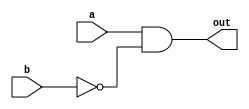
`timescale 1ns/1ps

// MY UNIVERSAL GATE
module myGate(out, a, b);
        
    input a, b;
    output out;

    wire rb;

    not nn(rb, b);
    and tt(out, a, rb);

endmodule
// END MY UNIVERSAL GATE

// ========================================================================================================================

// MY BASIC GATE IMPLEMENTED WITH UNIVERSAL GATE

module myNot(out, a);

    input a;
    output out;

    myGate g0(out, 1'b1, a);

endmodule

module myPass(out, a); // DO NOTHING 

    input a;
    output out;

    wire w;
    myNot g0(w, a);
    myNot g1(out, w);

endmodule

module myAnd(out, a, b);

    input a, b;
    output out;

    wire rb;

    myNot g0(rb, b);
    myGate g1(out, a, rb);

endmodule

module myOr (out, a, b);
    
    input a, b;
    output out;
    
    wire ra, w1;
    
    myNot g0(ra, a);
    myGate g1(w1, ra, b);
    myNot g2(out, w1);
    
endmodule

module myXor (out, a, b);
    
    input a, b;
    output out;
    
    wire ra, rb, w1, w2;
    
    myNot g0(ra, a);
    myNot g1(rb, b);
    myAnd g2(w1, ra, b);
    myAnd g3(w2, a, rb);
    myOr g4(out, w1, w2);
    
endmodule

module myXnor (out, a, b);

    input a, b;
    output out;

    wire w;

    myXor g0(w, a, b);
    myNot g1(out, w);

endmodule

// MY BASIC GATE IMPLEMENTED DONE

// ========================================================================================================================

// MY BASIC MODULE IMPLEMENT

module MUX(out, sel, a, b); // MUX 2 to 1, 4 bit

    input [4-1:0] a, b;
    input sel;
    output [4-1:0] out;

    wire rsel;
    wire [4-1:0] w1, w2;

    myNot g0(rsel, sel);
    myAnd g1(w1[3], a[3], rsel);
    myAnd g2(w1[2], a[2], rsel);
    myAnd g3(w1[1], a[1], rsel);
    myAnd g4(w1[0], a[0], rsel);

    myAnd g5(w2[3], b[3], sel);
    myAnd g6(w2[2], b[2], sel);
    myAnd g7(w2[1], b[1], sel);
    myAnd g8(w2[0], b[0], sel);

    myOr g9(out[3], w1[3], w2[3]);
    myOr g10(out[2], w1[2], w2[2]);
    myOr g11(out[1], w1[1], w2[1]);
    myOr g12(out[0], w1[0], w2[0]);

endmodule

module HA (out, cout, a, b); // HALF ADDER

    input a, b;
    output out, cout;

    myAnd g0(cout, a, b);
    myXor g1(out, a, b);

endmodule 

module FA(out, cout, cin, a, b); // Full Adder

    input cin, a, b;
    output out, cout;

    wire w, c1, c2;

    HA g0(w, c1, a, b); 
    HA g1(out, c2, w, cin);
    myOr g2(cout, c1, c2);
    
endmodule

module cmp(le, eq, ge, a, b); // comparator, 1 bit
    
    input a, b;
    output le, eq, ge;

    myGate g0(ge, a, b);
    myGate g1(le, b, a);
    myXnor g2(eq, a, b);

endmodule

module COMPARATOR(le, eq, ge, a, b); // LESS THAN, return 1 if a < b, 4 bit
    
    input [4-1:0] a, b;
    output le, eq, ge;

    wire eq0, eq1, eq2, eq3, pq0, pq1, pq2, pq3;
    wire le0, le1, le2, le3;
    wire ge0, ge1, ge2, ge3;

    cmp c0(le3, eq3, ge3, a[3], b[3]);
    cmp c1(le2, eq2, ge2, a[2], b[2]);
    cmp c2(le1, eq1, ge1, a[1], b[1]);
    cmp c3(le0, eq0, ge0, a[0], b[0]);
    
    myPass g0(pq3, eq3);
    myAnd g1(pq2, eq2, pq3);
    myAnd g2(pq1, eq1, pq2);
    myAnd g3(pq0, eq0, pq1);

    wire res0, res1, res2, res3;

    myPass g4(res3, le3);
    myAnd g5(res2, le2, pq3);
    myAnd g6(res1, le1, pq2);
    myAnd g7(res0, le0, pq1);

    wire mg0, mg1, mg2, mg3;

    myPass g8(mg3, res3);
    myOr g9(mg2, mg3, res2);
    myOr g10(mg1, mg2, res1);
    myOr g11(mg0, mg1, res0);

    myPass g12(le, mg0);
    myPass g13(eq, pq0);

    wire nle, neq;

    myNot g14(nle, le);
    myNot g15(neq, eq);
    myAnd g16(ge, nle, neq);

endmodule

// MY BASIC MODULE IMPLEMENTED
// ========================================================================================================================
// MY SUB MODULE IMPLEMENT

module BITWISE_OR (out, a, b);
    
    input [4-1:0] a, b;
    output [4-1:0] out;

    myOr g0(out[0], a[0], b[0]);
    myOr g1(out[1], a[1], b[1]);
    myOr g2(out[2], a[2], b[2]);
    myOr g3(out[3], a[3], b[3]);

endmodule

module BITWISE_AND (out, a, b);
    
    input [4-1:0] a, b;
    output [4-1:0] out;

    myAnd g0(out[0], a[0], b[0]);
    myAnd g1(out[1], a[1], b[1]);
    myAnd g2(out[2], a[2], b[2]);
    myAnd g3(out[3], a[3], b[3]);

endmodule

module BITWISE_NOT (out, a);
    
    input [4-1:0] a;
    output [4-1:0] out;

    myNot g0(out[3], a[3]);
    myNot g1(out[2], a[2]);
    myNot g2(out[1], a[1]);
    myNot g3(out[0], a[0]);

endmodule

module ADD(out, a, b); // a+b, 4 bit
    
    input [4-1:0] a, b;
    output [4-1:0] out;

    wire co0, co1, co2, co3;

    HA g0(out[0], c0, a[0], b[0]);
    FA g1(out[1], c1, c0, a[1], b[1]);
    FA g2(out[2], c2, c1, a[2], b[2]);
    FA g3(out[3], c3, c2, a[3], b[3]);

endmodule

module COMPLEMENT (out, a); // COMPLEMENT OF A INT, 4 bit

    input [4-1:0] a;
    output [4-1:0] out;

    wire [4-1:0] w;

    BITWISE_NOT g0(w, a);
    ADD g1(out, w, 4'b0001);

endmodule

module SUB (out, a, b); // a-b, 4 bit

    input [4-1:0] a, b;
    output [4-1:0] out;

    wire [4-1:0] nb;
    COMPLEMENT g0(nb, b);
    ADD g1(out, a, nb);

endmodule

// TODO IS THIS CORRECT???
module RIGHT_SHIFT(out, a);

    input [4-1:0] a;
    output [4-1:0] out;

    myPass g0(out[3], a[3]); 
    myPass g1(out[2], a[3]);
    myPass g2(out[1], a[2]);
    myPass g3(out[0], a[1]);

endmodule

// TODO IS THIS CORRECT???
module LEFT_SHIFT(out, a);

    input [4-1:0] a;
    output [4-1:0] out;

    myPass g0(out[3], a[2]); 
    myPass g1(out[2], a[1]);
    myPass g2(out[1], a[0]);
    myPass g3(out[0], a[3]);

endmodule

// TODO IS THIS CORRECT???
module COMPARE_LT(out, a, b);

    input [4-1:0] a, b;
    output [4-1:0] out;

    wire le, eq, ge;

    COMPARATOR g0(le, eq, ge, a, b);

    myPass g1(out[3], 1'b1);
    myPass g2(out[2], 1'b0);
    myPass g3(out[1], 1'b1);
    myPass g4(out[0], le);

endmodule

// TODO IS THIS CORRECT???
module COMPARE_EQ(out, a, b);

    input [4-1:0] a, b;
    output [4-1:0] out;

    wire le, eq, ge;

    COMPARATOR hello(le, eq, ge, a, b);

    myPass g0(out[3], 1'b1);
    myPass g1(out[2], 1'b1);
    myPass g2(out[1], 1'b1);
    myPass g3(out[0], eq);

endmodule


// MY SUB MODULE IMPLEMENTED

// ========================================================================================================================

// MY MAIN MODULE IMPLEMENT

module Decode_And_Execute(rs, rt, sel, rd);

    input [4-1:0] rs, rt;
    input [3-1:0] sel;

    output [4-1:0] rd;

    wire [4-1:0] r000, r001, r010, r011, r100, r101, r110, r111;

    SUB g0(r000, rs, rt);
    ADD g1(r001, rs, rt);
    BITWISE_OR g2(r010, rs, rt);
    BITWISE_AND g3(r011, rs, rt);
    RIGHT_SHIFT g4(r100, rt);
    LEFT_SHIFT g5(r101, rs);
    COMPARE_LT g6(r110, rs, rt);
    COMPARE_EQ g7(r111, rs, rt);

    wire [4-1:0] L, R, LL, LR, RL, RR;

    MUX g8(rd, sel[2], L, R);
    MUX g9(L, sel[1], LL, LR);
    MUX g10(R, sel[1], RL, RR);
    MUX g11(LL, sel[0], r000, r001);
    MUX g12(LR, sel[0], r010, r011);
    MUX g13(RL, sel[0], r100, r101);
    MUX g14(RR, sel[0], r110, r111);

endmodule

// MY MAIN MODULE IMPLEMENTED

module MUX_8bit (out, sel, a, b);

    input [8-1:0] a, b;
    input sel;
    output [8-1:0] out;

    wire nsel;

    wire [8-1:0] aa, bb;
    myNot n0(nsel, sel);
    myAnd a0(aa[0], a[0], nsel);
    myAnd a1(aa[1], a[1], nsel);
    myAnd a2(aa[2], a[2], nsel);
    myAnd a3(aa[3], a[3], nsel);
    myAnd a4(aa[4], a[4], nsel);
    myAnd a5(aa[5], a[5], nsel);
    myAnd a6(aa[6], a[6], nsel);
    myAnd a7(aa[7], a[7], nsel);

    myAnd b0(bb[0], b[0], sel);
    myAnd b1(bb[1], b[1], sel);
    myAnd b2(bb[2], b[2], sel);
    myAnd b3(bb[3], b[3], sel);
    myAnd b4(bb[4], b[4], sel);
    myAnd b5(bb[5], b[5], sel);
    myAnd b6(bb[6], b[6], sel);
    myAnd b7(bb[7], b[7], sel);

    myOr o0(out[0], aa[0], bb[0]);
    myOr o1(out[1], aa[1], bb[1]);
    myOr o2(out[2], aa[2], bb[2]);
    myOr o3(out[3], aa[3], bb[3]);
    myOr o4(out[4], aa[4], bb[4]);
    myOr o5(out[5], aa[5], bb[5]);
    myOr o6(out[6], aa[6], bb[6]);
    myOr o7(out[7], aa[7], bb[7]);

endmodule

module Number_Display(control, out, sw);
    
    input [11-1:0] sw;
    output [8-1:0] out;
    output [4-1:0] control;

    wire [4-1:0] rd;
    wire [8-1:0] L, R, LL, LR, RL, RR, LLL, LLR, LRL, LRR, RLL, RLR, RRL, RRR;
    Decode_And_Execute get(sw[6:3], sw[10:7], sw[2:0], rd);

    MUX_8bit m1(out, rd[3], L, R);

    MUX_8bit m2(L, rd[2], LL, LR);
    MUX_8bit m3(R, rd[2], RL, RR);

    MUX_8bit m4(LL, rd[1], LLL, LLR);
    MUX_8bit m5(LR, rd[1], LRL, LRR);
    MUX_8bit m6(RL, rd[1], RLL, RLR);
    MUX_8bit m7(RR, rd[1], RRL, RRR);

    MUX_8bit m8 (LLL, rd[0], 8'b00000011, 8'b10011111);
    MUX_8bit m9 (LLR, rd[0], 8'b00100101, 8'b00001101);
    MUX_8bit m10(LRL, rd[0], 8'b10011001, 8'b01001001);
    MUX_8bit m11(LRR, rd[0], 8'b01000001, 8'b00011111);

    myPass p0(control[0], 1'b0);
    myPass p1(control[1], 1'b1);
    myPass p2(control[2], 1'b1);
    myPass p3(control[3], 1'b1);

    MUX_8bit m12(RLL, rd[0], 8'b00000001, 8'b00001001);
    MUX_8bit m13(RLR, rd[0], 8'b00010001, 8'b11000001);
    MUX_8bit m14(RRL, rd[0], 8'b01100011, 8'b10000101);
    MUX_8bit m15(RRR, rd[0], 8'b01100001, 8'b01110001);

endmodule